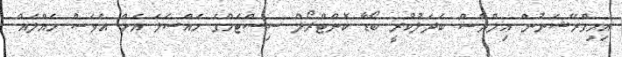
އިމިގްރޭޝަނުން އިލްޔާސް ބަދަލުކުރީ ބޯޑާ ކޮންޓްރޯލް ސިސްޓަމްގެ މައްސަލަ އަށް އަވަސް ހައްލެއް